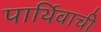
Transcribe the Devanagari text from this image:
पार्थिवाची